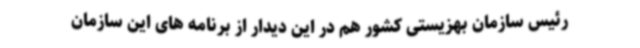
رئیس سازمان بهزیستی کشور هم در این دیدار از برنامه های این سازمان